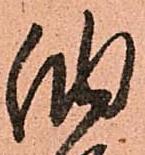
納